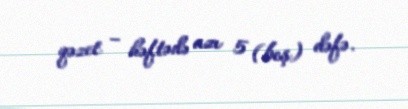
qəzet – həftədə azı 5 (beş) dəfə.